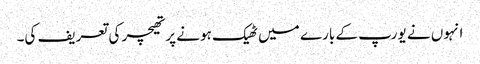
انہوں نے یورپ کے بارے میں ٹھیک ہونے پر تھیچر کی تعریف کی۔